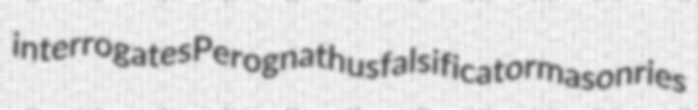
interrogates Perognathus falsificator masonries